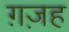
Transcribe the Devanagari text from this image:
ग़ज़ह